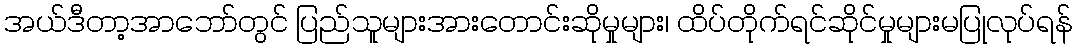
အယ်ဒီတာ့အာဘော်တွင် ပြည်သူများအားတောင်းဆိုမှုများ၊ ထိပ်တိုက်ရင်ဆိုင်မှုများမပြုလုပ်ရန်